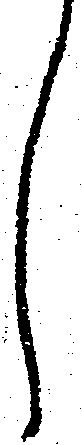
し